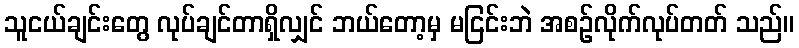
သူငယ်ချင်းတွေ လုပ်ချင်တာရှိလျှင် ဘယ်တော့မှ မငြင်းဘဲ အစဉ်လိုက်လုပ်တတ် သည်။